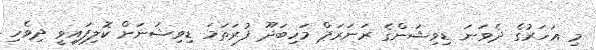
މި އަހަރުގެ ދެވަނަ ޑިވިޝަންގެ ރަނަރަޕް މަހިބަދޫ ފުރަތަމަ ޑިވިޝަނަށް ކޮލިފައިވީ ދިވެހި